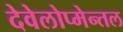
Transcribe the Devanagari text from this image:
देवेलोप्मेन्तल